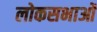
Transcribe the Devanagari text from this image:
लोकसभाओं